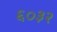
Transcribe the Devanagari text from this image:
६०३२